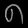
Digit: ၈